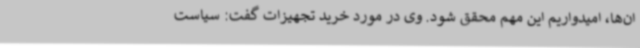
ان‌ها، امیدواریم این مهم محقق شود. وی در مورد خرید تجهیزات گفت: سیاست